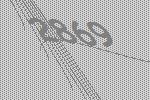
2869